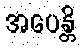
အပေန္တိ